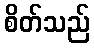
စိတ်သည်